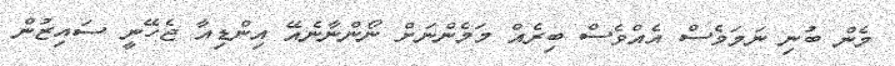
މެން ބުނި ނަމަވެސް އެއްވެސް ބިރެއް މަމެންނަށް ނޯންނާނެއޭ އިންޑިއާ ޖެހޭނީ ސައިޒުން